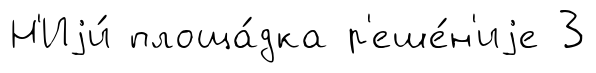
Н'Иjи́ площа́дка р'еше́н'иjе 3